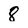
Character: 8